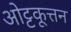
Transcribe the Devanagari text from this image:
ओट्टकूत्तन